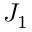
J _ { 1 }